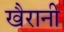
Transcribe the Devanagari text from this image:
खैरानी